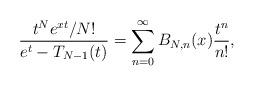
LaTeX: \begin{align*}\frac{t^N e^{xt}/N!}{e^t-T_{N-1}(t)}=\sum_{n=0}^{\infty}B_{N,n}(x)\frac{t^{n}}{n!},\end{align*}